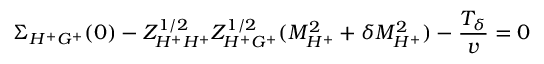
\Sigma _ { H ^ { + } G ^ { + } } ( 0 ) - Z _ { H ^ { + } H ^ { + } } ^ { 1 / 2 } Z _ { H ^ { + } G ^ { + } } ^ { 1 / 2 } ( M _ { H ^ { + } } ^ { 2 } + \delta M _ { H ^ { + } } ^ { 2 } ) - \frac { T _ { \delta } } { v } = 0